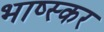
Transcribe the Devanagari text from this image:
भाष्स्कर